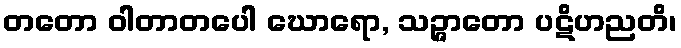
တတော ဝါတာတပေါ ဃောရော, သဉ္ဇာတော ပဋိဟညတိ၊